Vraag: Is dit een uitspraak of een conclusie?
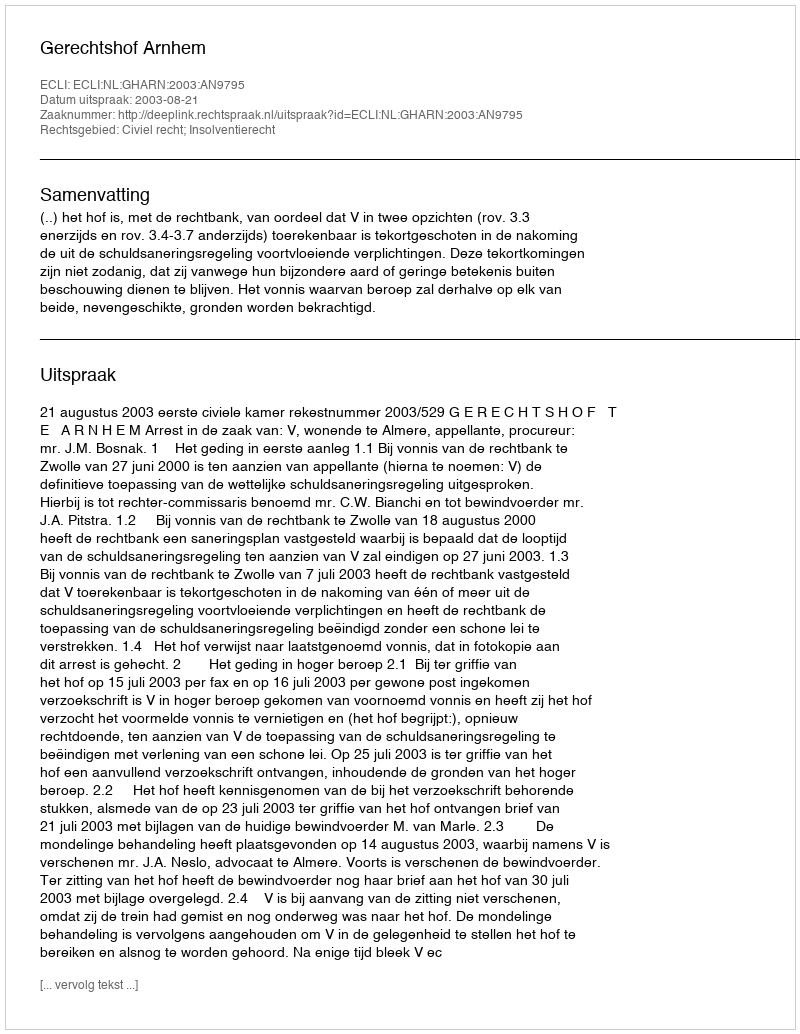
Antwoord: Uitspraak